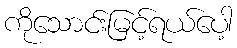
ကိုသောင်းမြင့်ရယ်ပေါ့